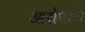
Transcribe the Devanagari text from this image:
आरोपांचे